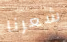
شعرنا